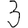
Digit: 3